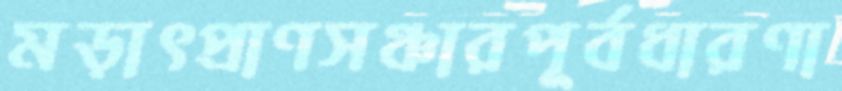
মড়াৎপ্রাণসঞ্চারপূর্বধারণা